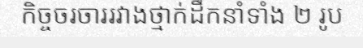
កិច្ចចរចាររវាងថ្មាក់ដឹកនាំទាំង ២ រូប